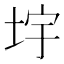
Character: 㘾